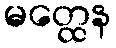
မတ္ထေန